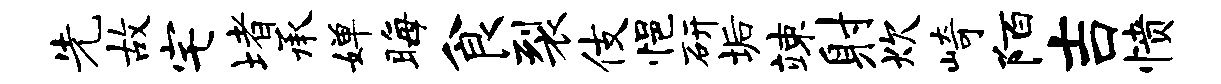
先故宅堵承婵晦食裂伎悒研垢竦射炊崎陌吉愤